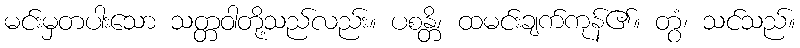
မင်းမှတပါးသော သတ္တဝါတို့သည်လည်း။ ပစန္တိ၊ ထမင်းချက်ကုန်၏။ တွံ၊ သင်သည်။